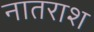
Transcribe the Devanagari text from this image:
नातराश